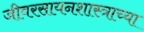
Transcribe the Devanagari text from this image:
जीवरसायनशास्त्राच्या